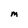
Character: M